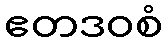
ဧတဒဝစံ